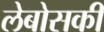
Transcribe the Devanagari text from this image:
लेबोसकी